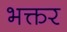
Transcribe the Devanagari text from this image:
भक्तर